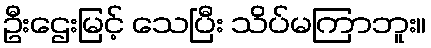
ဦးဌေးမြင့် သေပြီး သိပ်မကြာဘူး။